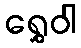
ရွှေဝါ